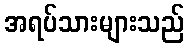
အရပ်သားများသည်